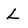
Character: L